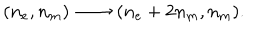
( n _ { e } , n _ { m } ) \, \longrightarrow \, ( n _ { e } + 2 n _ { m } , n _ { m } ) .